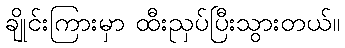
ချိုင်းကြားမှာ ထီးညှပ်ပြီးသွားတယ်။